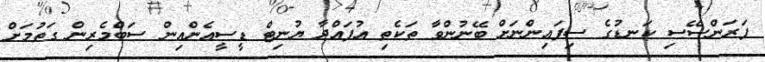
ފަރަންސޭސި ކަނޑުގެ ސިފައިންނަށް ބޭނުންވާ ތަކެތި އުފައްދާ ޔުނިޓް ޑީސީއެންއިން ސަބްމެރިން ގަތުމަށް